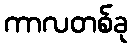
ကာလတစ်ခု